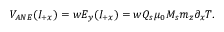
V _ { A N E } ( I _ { + x } ) = w E _ { y } ( I _ { + x } ) = w Q _ { s } \mu _ { 0 } M _ { s } m _ { z } \partial _ { x } T .